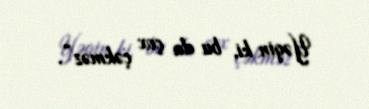
Yəqin ki, bu da çox çəkməz”.